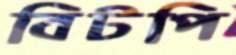
বিটপি